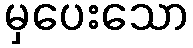
မှပေးသော